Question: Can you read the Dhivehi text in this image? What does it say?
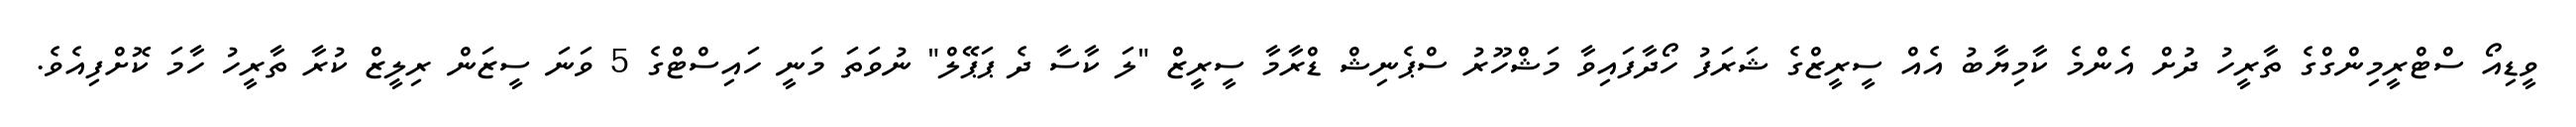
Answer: ވީޑިއޯ ސްޓްރީމިންގްގެ ތާރީހު ދުށް އެންމެ ކާމިޔާބު އެއް ސީރީޒްގެ ޝަރަފު ހޯދާފައިވާ މަޝްހޫރު ސްޕެނިޝް ޑްރާމާ ސީރީޒް "ލަ ކާސާ ދެ ޕަޕޭލް" ނުވަތަ މަނީ ހައިސްޓްގެ 5 ވަނަ ސީޒަން ރިލީޒް ކުރާ ތާރީހު ހާމަ ކޮށްފިއެވެ.